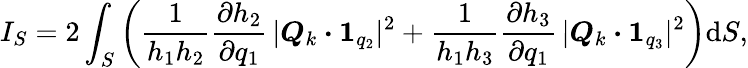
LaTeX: I_{S}=2\int_{S}\left(\frac{1}{h_{1}h_{2}}\frac{\partial h_{2}}{\partial q_{1}}\, |\boldsymbol{Q}_{k}\boldsymbol{\cdot}\boldsymbol{1}_{q_{2}}|^{2}+\frac{1}{h_{1}h_{3}}\frac{\partial h_{3}}{\partial q_{1}}\, |\boldsymbol{Q}_{k}\boldsymbol{\cdot}\boldsymbol{1}_{q_{3}}|^{2}\right)\mathrm{d}S,